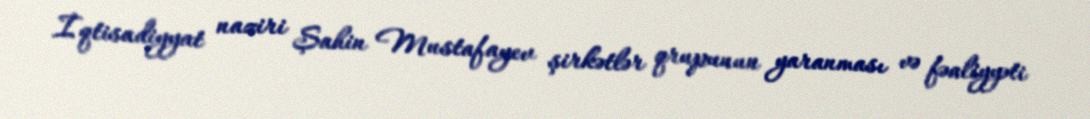
İqtisadiyyat naziri Şahin Mustafayev şirkətlər qrupunun yaranması və fəaliyyəti